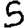
Digit: 5